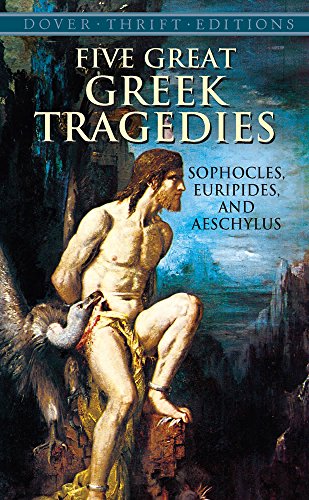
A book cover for Five Great Greek Tragedies (Dover Thrift Editions); Sophocles; Literature & Fiction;